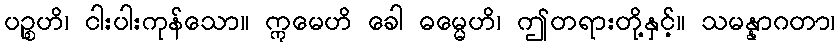
ပဉ္စဟိ၊ ငါးပါးကုန်သော။ ဣမေဟိ ခေါ ဓမ္မေဟိ၊ ဤတရားတို့နှင့်။ သမန္နာဂတာ၊